Annual report on the working of the lock hospitals in the Central Provinces
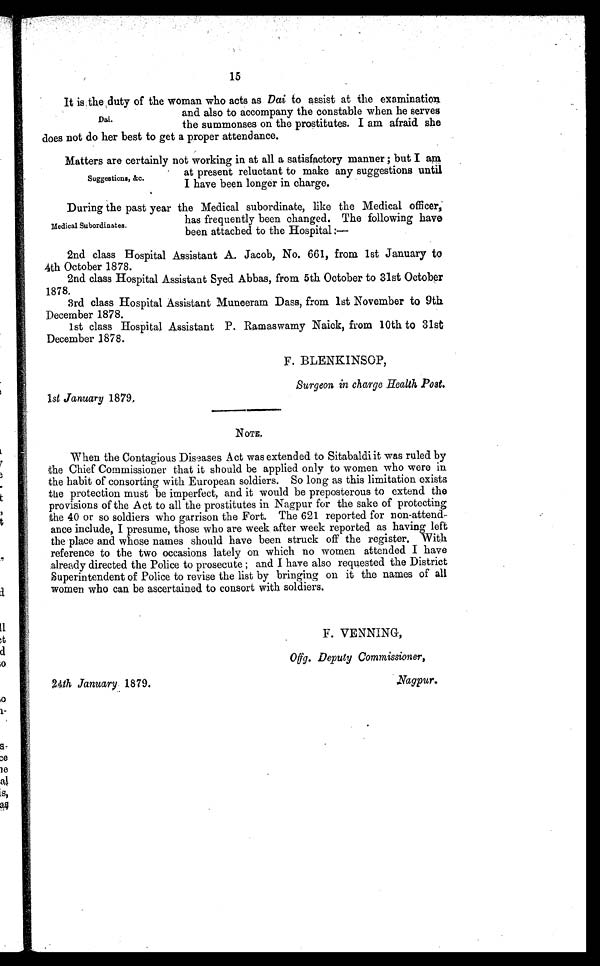
1st January 1879.
Surgeon in charge Health Post.
24th January 1879.
Nagpur.
15
It is the duty of the woman who acts as Dai to assist at the examinati
on
and also to accompany the constable when he serves
the summonses on the prostitutes. I am afraid she
does not do her best to get a proper attendance.
Matters are certainly not working in at all a satisfactory manner ; but I am
at present reluctant to make any suggestions until
I have been longer in charge.
During the past year the Medical subordinate, like the Medical officer;
has frequently been changed. The following have
been attached to the Hospital:—
2nd class Hospital Assistant A. Jacob, No. 661, from 1st January to
4th October 1878.
2nd class Hospital Assistant Sped Abbas, from 5th October to 31st October
1878.
3rd class Hospital Assistant Muneeram Dass, from 1st November to 9th
December 1878.
1st class Hospital Assistant P. Ramaswamy Naick, from 10th to 31st
December 1878.
F. BLENKINSOP,
Dai.
Suggestions, &c.
Medical Subordinates.
NOTE.
When the Contagious Diseases Act was extended to Sitabaldi it was ruled by
the Chief Commissioner that it should be applied only to women who were in
the habit of consorting with European soldiers. So long as this limitation exists
the protection must be imperfect, and it would be preposterous to extend the
provisions of the Act to all the prostitutes in Nagpur for the sake of protecting
the 40 or so soldiers who garrison the Fort. The 621 reported for non-attend-
ance include, I presume, those who are week after week reported as having left
the place and whose names should have been struck off the register. With
reference to the two occasions lately on which no women attended I have
already directed the Police to prosecute ; and I have also requested the District
Superintendent of Police to revise the list by bringing on it the names of all
women who can be ascertained to consort with soldiers.
F. VENNING,
Offg. Deputy Commissioner,